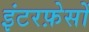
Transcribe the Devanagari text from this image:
इंटरफ़ेसों